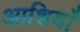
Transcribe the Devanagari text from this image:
आशियाँ